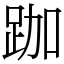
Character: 跏